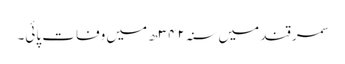
سمرقند میں سنہ۳۴۲ھ میں وفات پائی۔